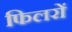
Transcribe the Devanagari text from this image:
फिलरों